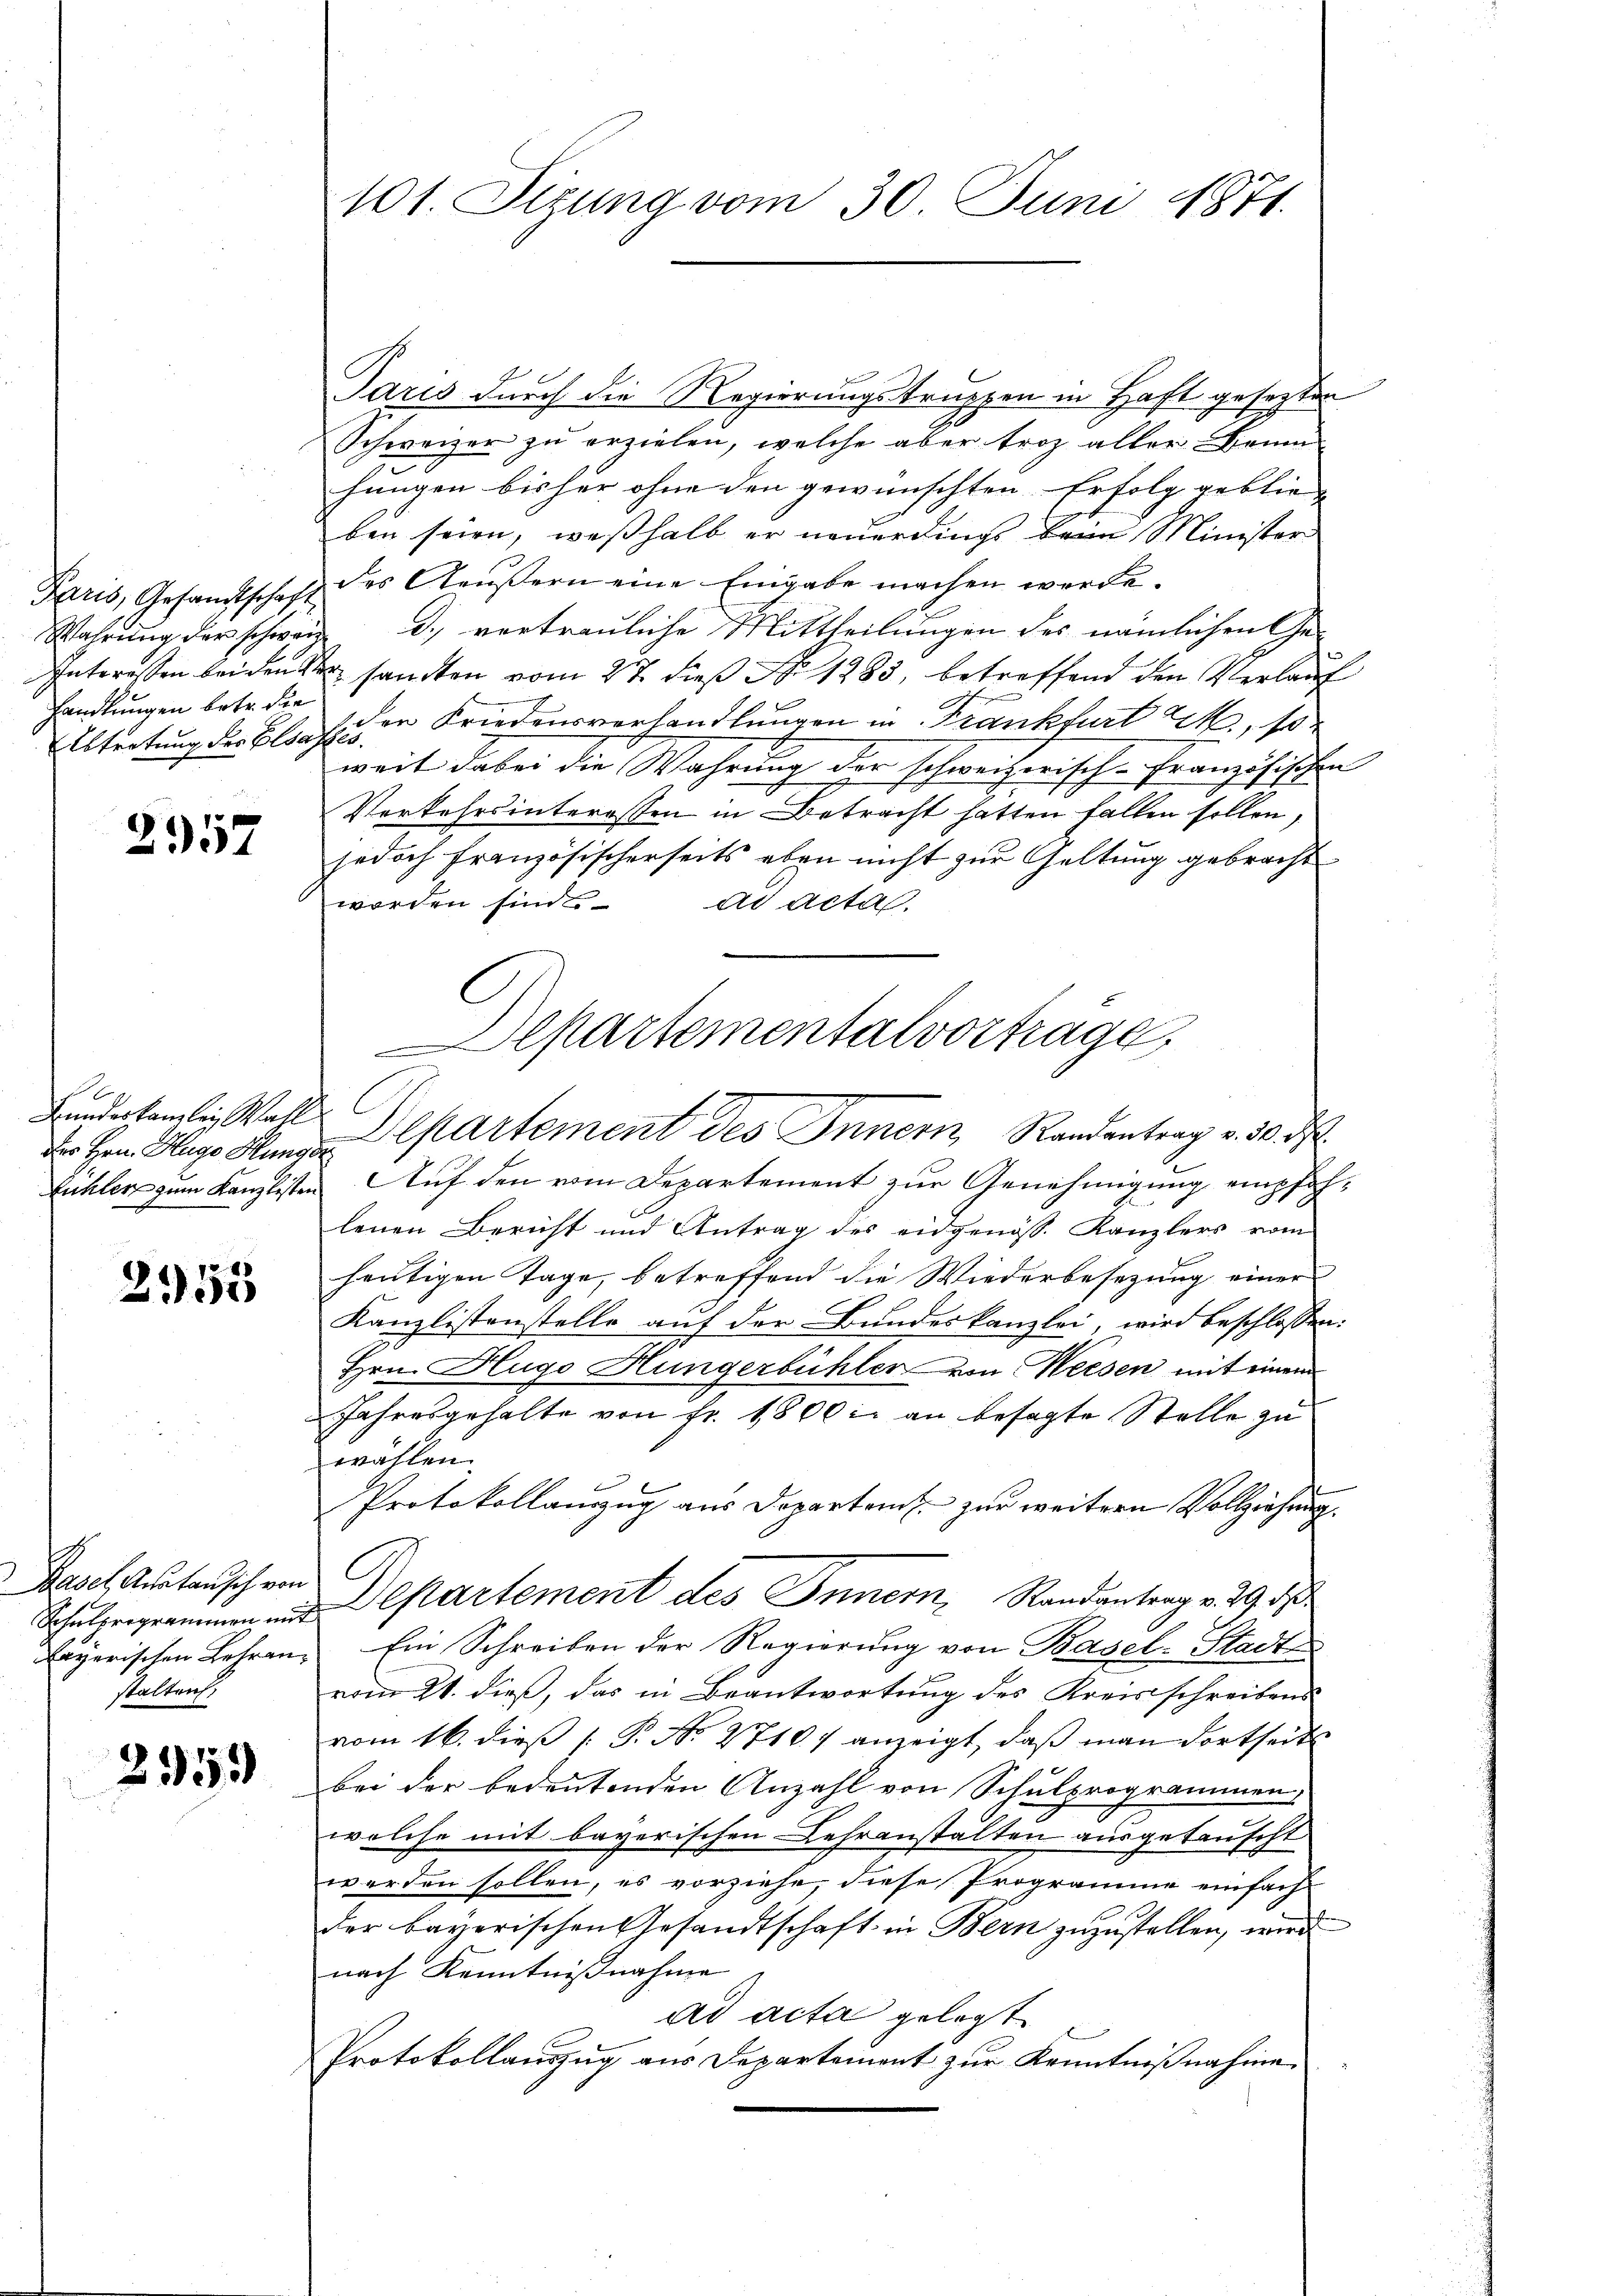
handlungen betr. die

2957

Bundeskanzlei Wall
Der Hrn. Auge Hunger

2153

Basel Anstausch von
Schulsrogrammen mit
bayerischen Lehran
stalten.

2153

101. Sizung vom 30. Juni 1871.

Paris durch die Regierungstruppen in Haft gesezten
Schweizer zu erzielen, welche aber troz aller Baum
hungen bisher ohne den gewünschten Erfolg geblie- |
ben seien, weßhalb er neuerdings beim Minister
Paris, Gesandtschaft des Aeŭβern eine Eingabe machen werde.
Wahrŭng der schweiz d.) vortrauliche Mittheilungen des nämlichen Ge-
Interessen beiden de sandten vom 27. dieß N. 1283, betreffend den Verlauf
d
Ebtretung der Blauf den Friedensverhandlungen in Frankfurt M., so
weit dabei die Wahrung der schweizerisch-Französischen
Verkehrsinteressen in Betracht hatten fallen sollen,
jedoch französischerseits eben nicht zur Geltung gebracht
worden sind
ad acta.
Departement des Innern Randentrag v. 30. d.
Euhler zum Kanzlisten Auf den vom Departement zur Genehmigung empfohlenen Bericht und Antrag des eidgenöss. Kanzlers vom
heutigen Tage, betreffend die Wiederbesezung einer
Kanzlistenstelle auf der Bundeskanzlei, wird beschlossen:
Hrn. Hugo Hungerbühler von Weesen mit einem
Jahresgehalte von Fr. 1800. an besagte Stelle zu
wählen.
Protokollanzug aus Departamt zur weitern Vollziehung.
Departement des Innern, Randantrag v. 29. d
Ein Schreiben der Regierung von Basel-Stadt
vom 21. dieß, das in Beantwortung des Kreisschreibens
vom 16. dieß P. Nr. 27107 anzeigt, daß man dortseits
bei der bedeutenden Anzahl von Schulprogrammen
welche mit bayerischen Lehranstalten ausgetauscht
werden sollen, es vorziehe, diese Programe einfach-
der bayerischen Gesandtschaft in Bern zuzustellen, wird
nach Kenntnißnahme
ad acta gelegt.
Protokollauszug aus Departement zur Kenntnißnahme

Departementalvorträge,